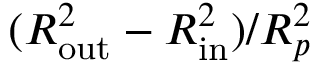
( R _ { \mathrm { o u t } } ^ { 2 } - R _ { \mathrm { i n } } ^ { 2 } ) / R _ { p } ^ { 2 }